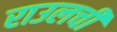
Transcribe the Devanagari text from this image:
राउलची